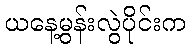
ယနေ့မွန်းလွဲပိုင်းက